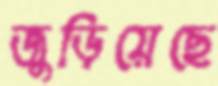
জুড়িয়েছে